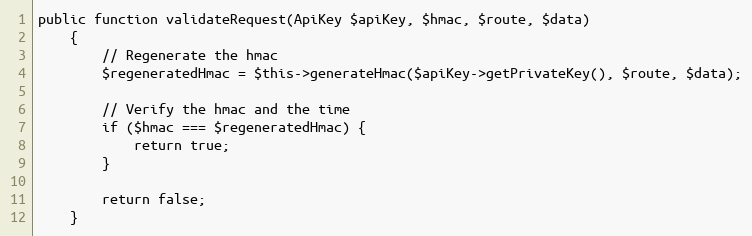
Language: PHP
public function validateRequest(ApiKey $apiKey, $hmac, $route, $data)
    {
        // Regenerate the hmac
        $regeneratedHmac = $this->generateHmac($apiKey->getPrivateKey(), $route, $data);

        // Verify the hmac and the time
        if ($hmac === $regeneratedHmac) {
            return true;
        }

        return false;
    }